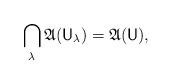
LaTeX: \begin{align*} \bigcap_\lambda \mathfrak A(\mathsf U_\lambda) = \mathfrak A(\mathsf U), \end{align*}